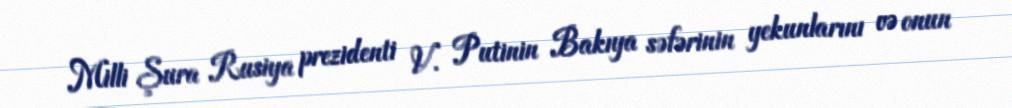
Milli Şura Rusiya prezidenti V. Putinin Bakıya səfərinin yekunlarını və onun